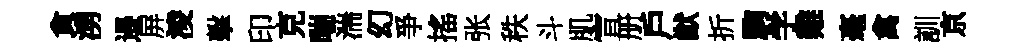
貪湧邉屏淩擊印克喘湍幻爭搖张秩斗肌宣册戶猷折駒学雞毫禽訓京